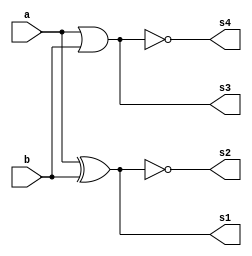
// -------------------------
// Exemplo_0704 - GATES
// Nome: Felipe Augusto Morais Silva 
// -------------------------
// -------------------------
// f7_gate
// -------------------------
module f7 ( output s1, output s2, output s3, output s4, input a, input b );
xor  XOR1  (s1, a, b);
xnor XNOR1 (s2, a, b);
or   OR1   (s3, a, b);
nor  NOR1  (s4, a, b);
endmodule // f7
// -------------------------
// multiplexer with 4 inputs
// -------------------------
// i just doubled everything, hope it works
module mux (output s, input a, input b, input c, input d, input select1);

wire not_select1;
wire sa;
wire sb;
wire sc;
wire sd;	

not NOT1 (not_select1, select1);
and AND1 (sa, a, not_select1);
and AND2 (sb, b, not_select1);
and AND3 (sc, c, select1);
and AND4 (sd, d, select1);
or  OR1  (s, sa, sb, sc, sd);
endmodule//mux1

module test_f7;
// ------------------------- definir dados
reg x;
reg y;
reg s;
wire s1;
wire s2;
wire s3;
wire s4;
wire mux_out;//multiplex output
f7 modulo ( s1, s2, s3, s4, x, y );
mux MUX1 ( mux_out, s1, s2, s3, s4, s );
// ------------------------- parte principal
initial
begin : main
$display("Exemplo_0704 - Felipe Augusto Morais Silva - 748473");
$display("Test LU's module");
$display("   x    y    s    s1   s2   s3   s4  ans");
//must define the variables before the first print, otherwise the answer will
//be x x x x ... 
x = 1'b0; y = 1'b0; s = 1'b0;
#1 $monitor("%4b %4b %4b %4b %4b %4b %4b %4b ", x, y, s, s1, s2, s3, s4, mux_out);
//here we will shift the values of x and y depending on the multiplexer s 
//when s == 0
//#1 	 s = 1'b0;
//#1   x = 1'b0;  y =  1'b0;
#1   x = 1'b0;  y =  1'b1;
#1   x = 1'b1;  y =  1'b0;
#1   x = 1'b1;  y =  1'b1;
//when s = 1
//it will print X = 1, Y = 1; 2 times, idk why tho.
#1 	 s = 1'b1;
#1   x = 1'b0;  y =  1'b0;
#1   x = 1'b0;  y =  1'b1;
#1   x = 1'b1;  y =  1'b0;
#1   x = 1'b1;  y =  1'b1;

end
endmodule // test_f7